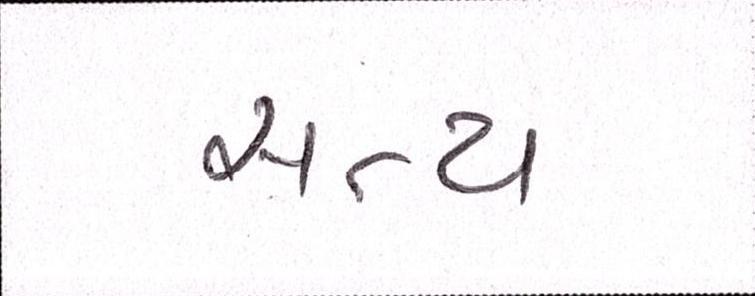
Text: સત્ય